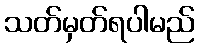
သတ်မှတ်ရပါမည်